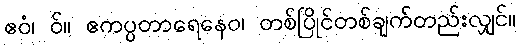
ဧဝံ၊ ဝ်။ ဧကပ္ပတာရေနေဝ၊ တစ်ပြိုင်တစ်ချက်တည်းလျှင်။